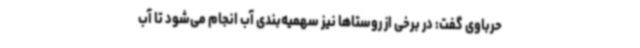
حرباوی گفت: در برخی از روستاها نیز سهمیه‌بندی آب انجام می‌شود تا آب